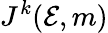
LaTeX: J^{k}({\mathcal{E}},m)